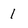
Character: 1